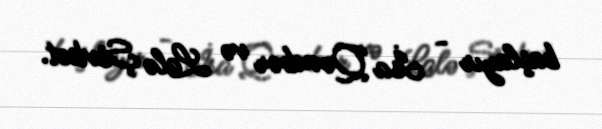
başlayır - İsa Qəmbər və Lalə Şövkət.